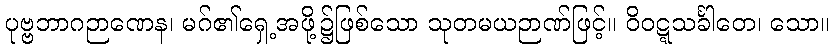
ပုဗ္ဗဘာဂဉာဏေန၊ မဂ်၏ရှေ့အဖို့၌ဖြစ်သော သုတမယဉာဏ်ဖြင့်။ ဝိဝဋ္ဋသင်္ခါတေ၊ သော။